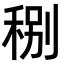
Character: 𥞲